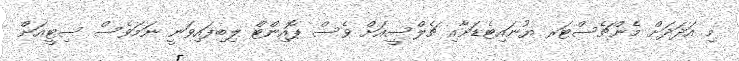
މި އަދަދަށް މެންޗެސްޓަރ ޔުނައިޓެޑަށާއި ޗެލްސީއަށް ވެސް ޕޮއިންޓް ލިބިފައިވަނީ ނަމަވެސް ސިޓީއަށް